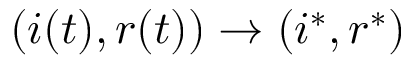
( i ( t ) , r ( t ) ) \to ( i ^ { * } , r ^ { * } )